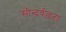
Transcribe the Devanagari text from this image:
सौन्दर्यछटा